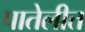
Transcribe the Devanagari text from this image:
पातेलीत